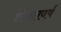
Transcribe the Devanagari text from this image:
क्रिस्तवर्ष